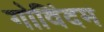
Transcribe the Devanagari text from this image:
गोविंदम